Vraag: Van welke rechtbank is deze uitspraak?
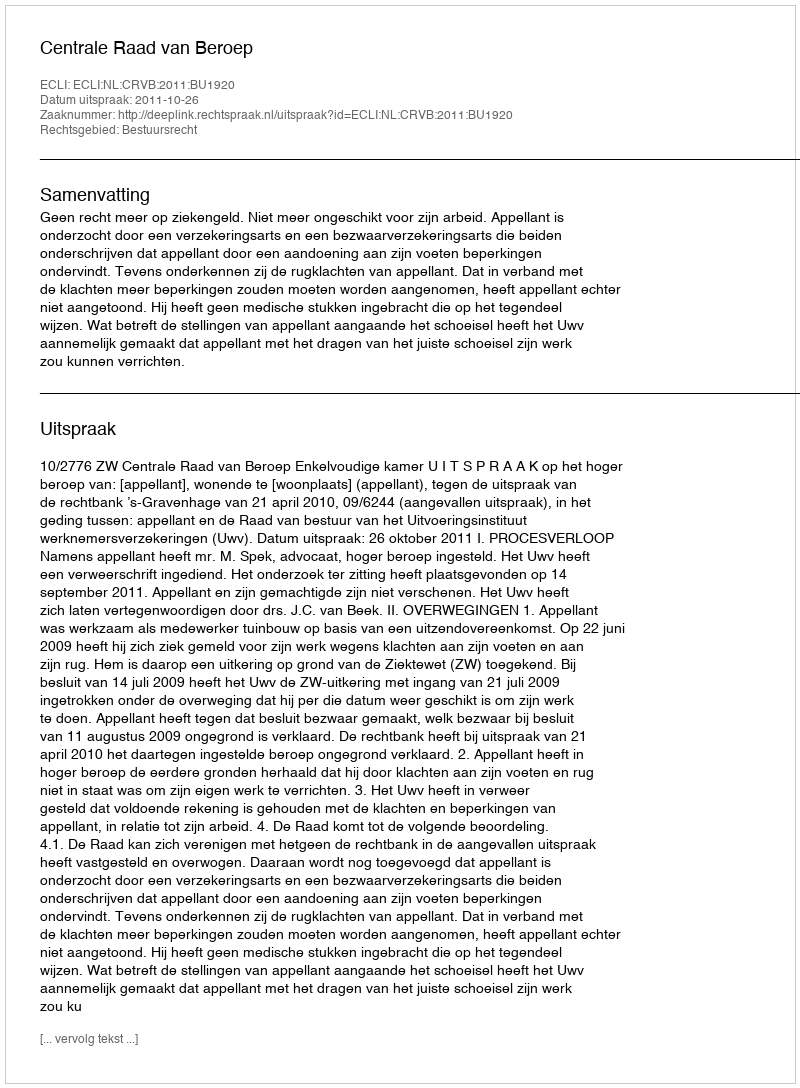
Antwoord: Centrale Raad van Beroep